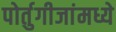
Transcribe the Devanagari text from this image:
पोर्तुगीजांमध्ये